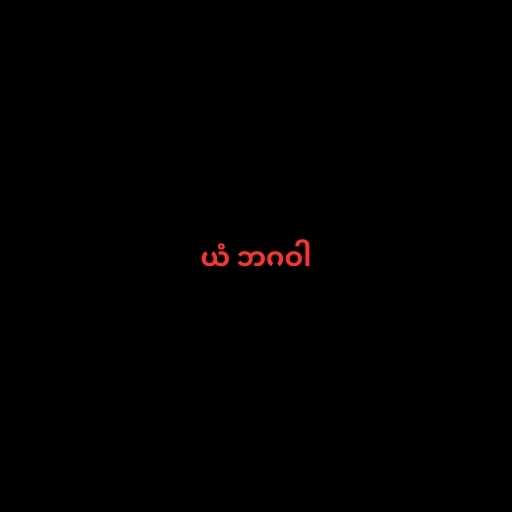
ယံ ဘဂဝါ